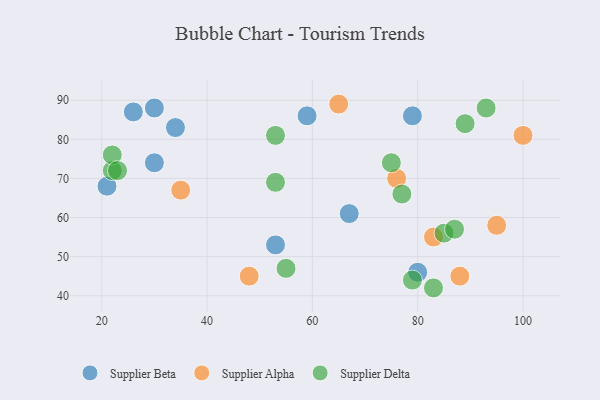
{"axis": {"x": "GDP", "y": "Life Expectancy"}, "legend": ["Supplier Alpha", "Supplier Beta", "Supplier Delta"], "data": [{"x": "53", "y": 53, "type": "Supplier Beta"}, {"x": "80", "y": 46, "type": "Supplier Beta"}, {"x": "30", "y": 88, "type": "Supplier Beta"}, {"x": "34", "y": 83, "type": "Supplier Beta"}, {"x": "67", "y": 61, "type": "Supplier Beta"}, {"x": "79", "y": 86, "type": "Supplier Beta"}, {"x": "26", "y": 87, "type": "Supplier Beta"}, {"x": "30", "y": 74, "type": "Supplier Beta"}, {"x": "59", "y": 86, "type": "Supplier Beta"}, {"x": "21", "y": 68, "type": "Supplier Beta"}, {"x": "83", "y": 55, "type": "Supplier Alpha"}, {"x": "35", "y": 67, "type": "Supplier Alpha"}, {"x": "88", "y": 45, "type": "Supplier Alpha"}, {"x": "76", "y": 70, "type": "Supplier Alpha"}, {"x": "100", "y": 81, "type": "Supplier Alpha"}, {"x": "95", "y": 58, "type": "Supplier Alpha"}, {"x": "48", "y": 45, "type": "Supplier Alpha"}, {"x": "65", "y": 89, "type": "Supplier Alpha"}, {"x": "53", "y": 69, "type": "Supplier Delta"}, {"x": "53", "y": 81, "type": "Supplier Delta"}, {"x": "89", "y": 84, "type": "Supplier Delta"}, {"x": "77", "y": 66, "type": "Supplier Delta"}, {"x": "22", "y": 72, "type": "Supplier Delta"}, {"x": "83", "y": 42, "type": "Supplier Delta"}, {"x": "93", "y": 88, "type": "Supplier Delta"}, {"x": "75", "y": 74, "type": "Supplier Delta"}, {"x": "85", "y": 56, "type": "Supplier Delta"}, {"x": "22", "y": 76, "type": "Supplier Delta"}, {"x": "55", "y": 47, "type": "Supplier Delta"}, {"x": "79", "y": 44, "type": "Supplier Delta"}, {"x": "23", "y": 72, "type": "Supplier Delta"}, {"x": "87", "y": 57, "type": "Supplier Delta"}]}